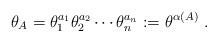
LaTeX: \begin{align*}\theta_A = \theta_1^{a_1} \theta_2^{a_2} \cdots \theta_n^{a_n} := \theta^{\alpha(A)}~.\end{align*}